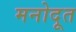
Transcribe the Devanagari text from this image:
मनोदूत